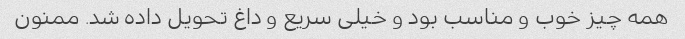
همه چیز خوب و مناسب بود و خیلی سریع و داغ تحویل داده شد. ممنون